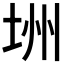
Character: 𪣏